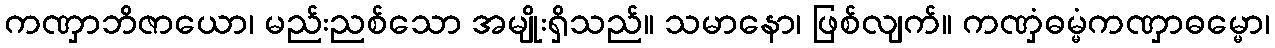
ကဏှာဘိဇာယော၊ မည်းညစ်သော အမျိုးရှိသည်။ သမာနော၊ ဖြစ်လျက်။ ကဏှံဓမ္မံကဏှာဓမ္မော၊